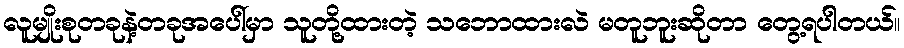
လူမျိုးစုတခုနဲ့တခုအပေါ်မှာ သူတို့ထားတဲ့ သဘောထားလဲ မတူဘူးဆိုတာ တွေ့ရပါတယ်။